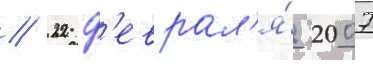
// 22 ф'еврал'я́ 2007